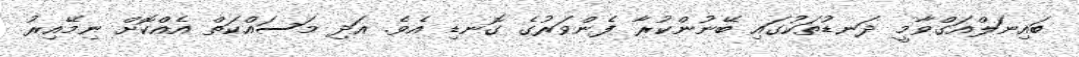
ބައިނަލްއަގްވާމީ ދަނޑުތަކުގައި ބޭނުންކުރާ ފެންވަރުގެ ގޮނޑި އެވެ. އަދި މަސައްކަތް އެއްކޮށް ނިމޭއިރު